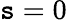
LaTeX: \mathtt{s}=0